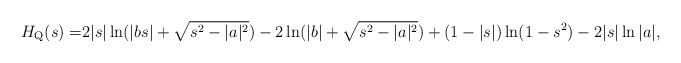
\begin{align*}H_{\mathrm{Q}}(s) =&2|s|\ln (|bs|+\sqrt{s^2-|a|^2})-2\ln (|b|+\sqrt{s^2-|a|^2})+(1-|s|)\ln (1-s^2) -2|s|\ln |a|,\end{align*}